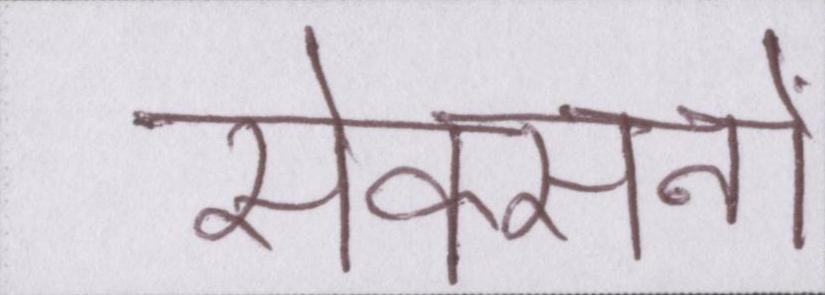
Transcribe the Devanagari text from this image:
सेक्सनों